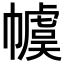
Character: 𪩽